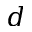
d